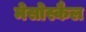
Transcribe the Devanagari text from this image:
मेसोस्कैल